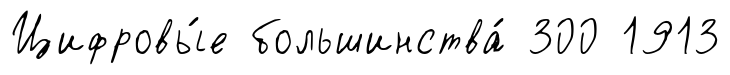
Цифровы́е большинства́ 300 1913